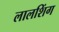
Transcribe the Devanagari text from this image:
लालशिंग